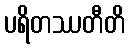
ပရိတဿတီတိ